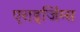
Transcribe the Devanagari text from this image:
एराइजिंग्स